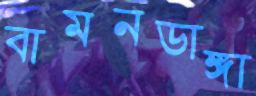
বামনডাঙ্গা